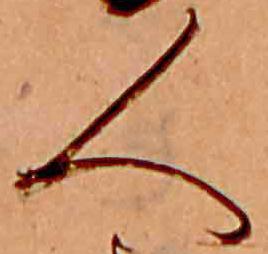
人